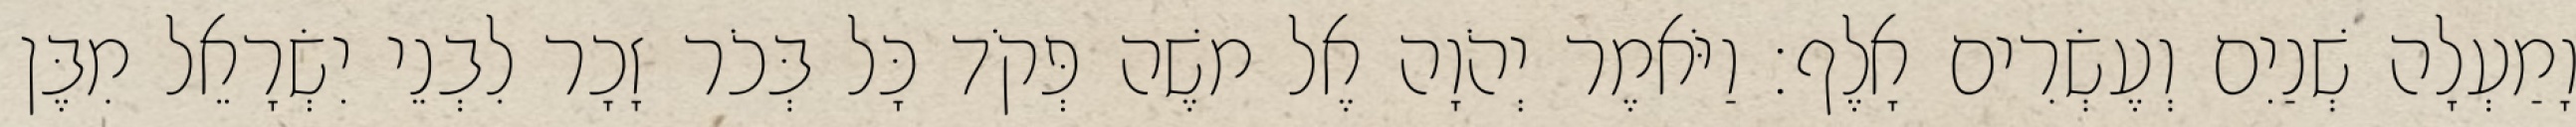
וָמַעְלָה שְׁנַיִם וְעֶשְׂרִים אָלֶף׃ וַיֹּאמֶר יְהֹוָה אֶל משֶׁה פְּקֹד כָּל בְּכֹר זָכָר לִבְנֵי יִשְׂרָאֵל מִבֶּן